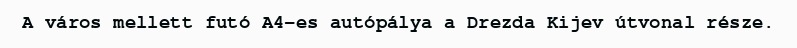
A város mellett futó A4-es autópálya a Drezda Kijev útvonal része.